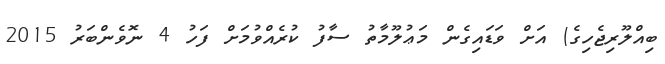
ބިއްލޫރިޖެހިގެ) އަށް ވަޑައިގެން މަޢުލޫމާތު ސާފު ކުރެއްވުމަށް ފަހު 4 ނޮވެންބަރު 2015